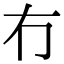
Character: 冇